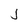
Character: j